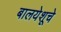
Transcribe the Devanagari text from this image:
बालयेशूचे